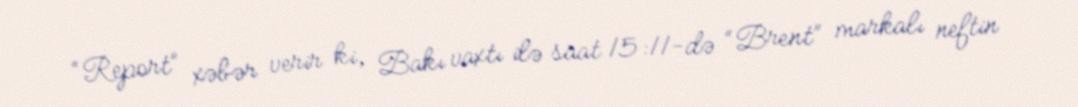
“Report” xəbər verir ki, Bakı vaxtı ilə saat 15:11-də “Brent” markalı neftin